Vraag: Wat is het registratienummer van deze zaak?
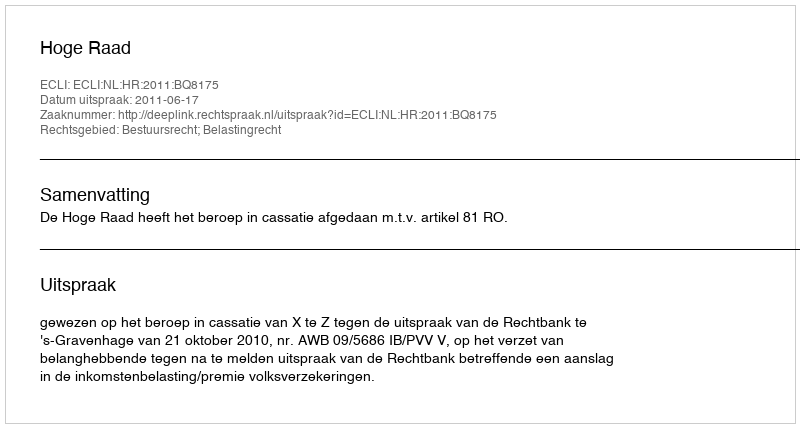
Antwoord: http://deeplink.rechtspraak.nl/uitspraak?id=ECLI:NL:HR:2011:BQ8175